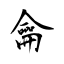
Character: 龠